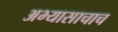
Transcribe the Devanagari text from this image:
अभ्यासाचाच